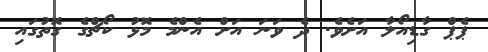
ޕެޕް ގާޑިއޯލާ އަށެވެ. ދެ ވަނަ އަށް އެންމެ މޮޅު ކޯޗްގެ ގޮތުގައި